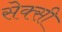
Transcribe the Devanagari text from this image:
सेक्‍सी